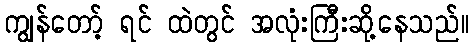
ကျွန်တော့် ရင် ထဲတွင် အလုံးကြီးဆို့နေသည်။